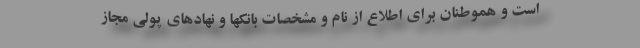
است و هموطنان برای اطلاع از نام و مشخصات بانکها و نهادهای پولی مجاز